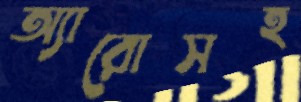
অ্যারোসহ